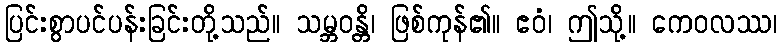
ပြင်းစွာပင်ပန်းခြင်းတို့သည်။ သမ္ဘဝန္တိ၊ ဖြစ်ကုန်၏။ ဧဝံ၊ ဤသို့။ ကေဝလဿ၊